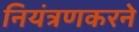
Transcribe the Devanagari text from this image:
नियंत्रणकरने